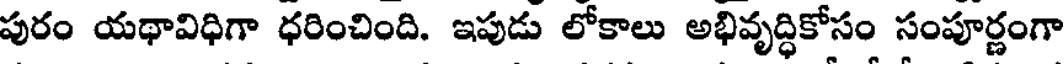
పురం యథావిధిగా ధరించింది. ఇపుడు లోకాలు అభివృద్ధికోసం సంపూర్ణంగా